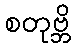
စတုဗ္ဘိ